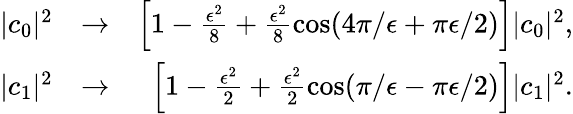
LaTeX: \begin{array}{rlr}{|c_{0}|^{2}}&{\rightarrow}&{\left[1-\frac{\epsilon^{2}}{8}+\frac{\epsilon^{2}}{8}\cos(4\pi/\epsilon+\pi\epsilon/2)\right]|c_{0}|^{2},}\\ {|c_{1}|^{2}}&{\rightarrow}&{\left[1-\frac{\epsilon^{2}}{2}+\frac{\epsilon^{2}}{2}\cos(\pi/\epsilon-\pi\epsilon/2)\right]|c_{1}|^{2}.}\end{array}